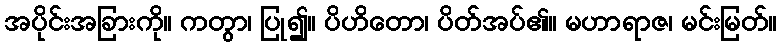
အပိုင်းအခြားကို။ ကတွာ၊ ပြု၍။ ပိဟိတော၊ ပိတ်အပ်၏။ မဟာရာဇ၊ မင်းမြတ်။